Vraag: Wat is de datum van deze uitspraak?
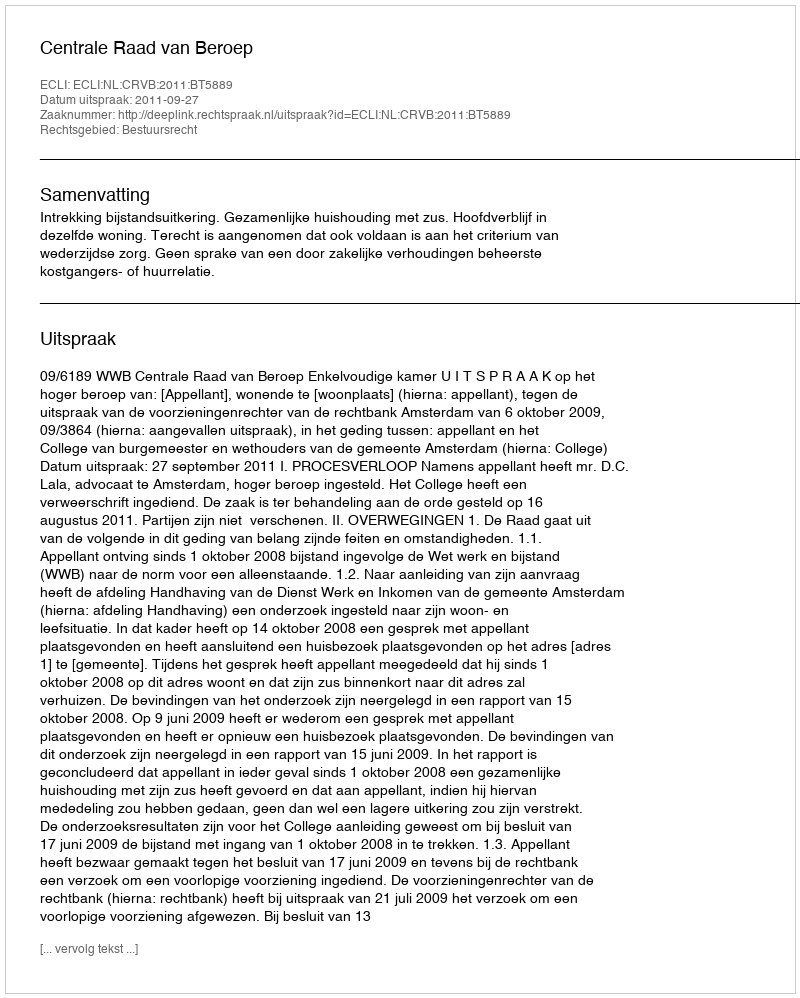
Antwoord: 2011-09-27